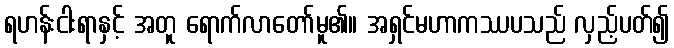
ရဟန်းငါးရာနှင့် အတူ ရောက်လာတော်မူ၏။ အရှင်မဟာကဿပသည် လှည့်ပတ်၍